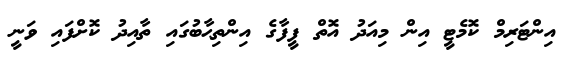
އިންޓަރިމް ކޮމެޓީ އިން މިއަދު އޮތް ފީފާގެ އިންތިޙާބުގައި ތާއިދު ކޮށްފައި ވަނީ